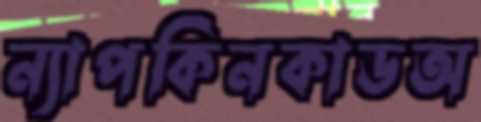
ন্যাপকিনকাডঅ